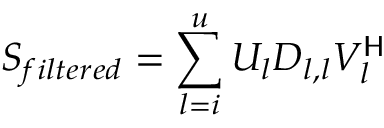
S _ { f i l t e r e d } = \sum _ { l = i } ^ { u } U _ { l } D _ { l , l } V _ { l } ^ { \mathsf { H } }